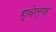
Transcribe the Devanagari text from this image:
ग्वेल्फ